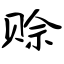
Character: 赊